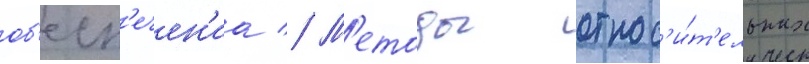
об'есп'ечен'иа // М'етоды относ'и́т'ельных